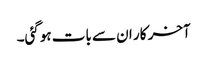
آخر کار ان سے بات ہوگئی۔